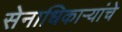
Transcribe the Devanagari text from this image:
सेनाधिकाऱ्यांचे